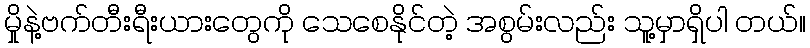
မှိုနဲ့ဗက်တီးရီးယားတွေကို သေစေနိုင်တဲ့ အစွမ်းလည်း သူ့မှာရှိပါ တယ်။